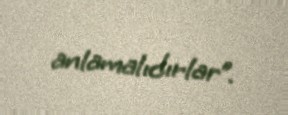
anlamalıdırlar”.